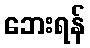
ဘေးရန်